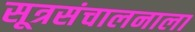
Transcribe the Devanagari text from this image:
सूत्रसंचालनाला